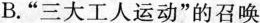
B.”三大工人运动”的召唤